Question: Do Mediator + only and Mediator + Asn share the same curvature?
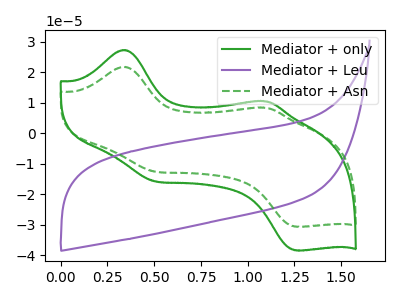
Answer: <think>The green curve "Mediator + only" has anodic peaks at (0.35V, 27.30uA) (1.10V, 10.50uA) and cathodic peaks at (0.50V, -15.75uA) (1.25V, -38.40uA). The purple curve "Mediator + Leu" has no peaks. The green dashed curve "Mediator + Asn" has anodic peaks at (0.35V, 21.80uA) (1.10V, 8.40uA) and cathodic peaks at (0.50V, -12.55uA) (1.25V, -30.60uA).
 All the peaks in "Mediator + only" have a peak in "Mediator + Asn" at the same potential. Every peak in "Mediator + only" is higher than every peak in "Mediator + Asn".</think>
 <answer>"Mediator + only" and "Mediator + Asn" are similar in shape.</answer>
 <eval>same_shape</eval>